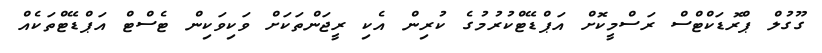
ގޫގުލް ޕްރޮޑަކްޓްސް ރަސްމީކޮށް އަޕްޑޭޓްކުރުމުގެ ކުރިން އެކި ރީޖަންތަކަށް ވަކިވަކިން ޓެސްޓް އަޕްޑޭޓްތަކެއް